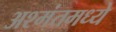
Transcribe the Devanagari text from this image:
अश्मंतमध्ये